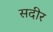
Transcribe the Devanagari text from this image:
सदीर